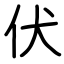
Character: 伏